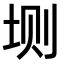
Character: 𫭮